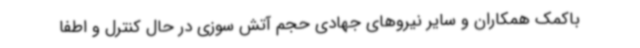
باکمک همکاران و سایر نیروهای جهادی حجم آتش سوزی در حال کنترل و اطفا